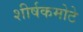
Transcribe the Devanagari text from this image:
शीर्षकमोटे